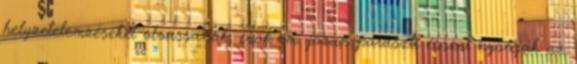
helyzetelemzéseket olvassanak, csak ún. józan paraszti ésszel nyomják az